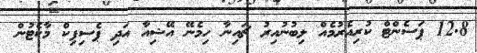
12.8 ޕަސެންޓް ކުރިއެރުމެއް ލިބުނުއިރު ޗައިނާ ހިމެނޭ އޭޝިއާ އަދި ޕެސިފިކް މާކެޓުން